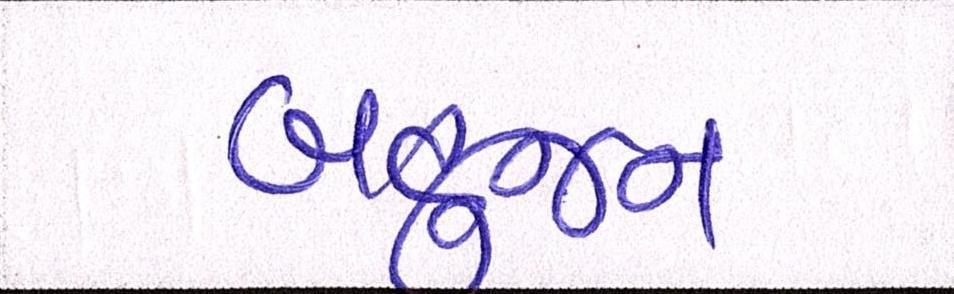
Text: બહુજન